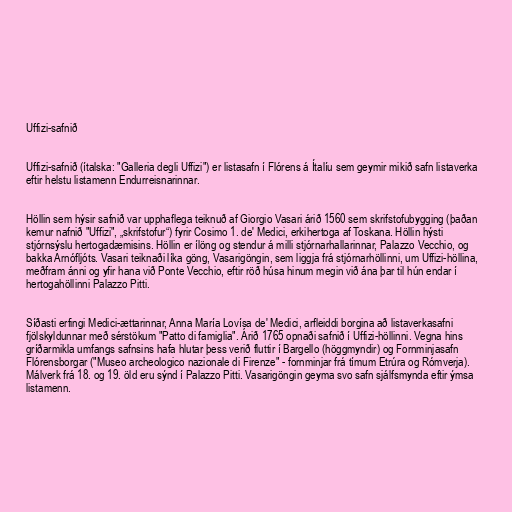
Uffizi-safnið

Uffizi-safnið (ítalska: "Galleria degli Uffizi") er listasafn í Flórens á Ítalíu sem geymir mikið safn listaverka
eftir helstu listamenn Endurreisnarinnar.

Höllin sem hýsir safnið var upphaflega teiknuð af Giorgio Vasari árið 1560 sem skrifstofubygging (þaðan
kemur nafnið "Uffizi", „skrifstofur“) fyrir Cosimo 1. de' Medici, erkihertoga af Toskana. Höllin hýsti
stjórnsýslu hertogadæmisins. Höllin er ílöng og stendur á milli stjórnarhallarinnar, Palazzo Vecchio, og
bakka Arnófljóts. Vasari teiknaði líka göng, Vasarigöngin, sem liggja frá stjórnarhöllinni, um Uffizi-höllina,
meðfram ánni og yfir hana við Ponte Vecchio, eftir röð húsa hinum megin við ána þar til hún endar í
hertogahöllinni Palazzo Pitti.

Síðasti erfingi Medici-ættarinnar, Anna María Lovísa de' Medici, arfleiddi borgina að listaverkasafni
fjölskyldunnar með sérstökum "Patto di famiglia". Árið 1765 opnaði safnið í Uffizi-höllinni. Vegna hins
gríðarmikla umfangs safnsins hafa hlutar þess verið fluttir í Bargello (höggmyndir) og Fornminjasafn
Flórensborgar ("Museo archeologico nazionale di Firenze" - fornminjar frá tímum Etrúra og Rómverja).
Málverk frá 18. og 19. öld eru sýnd í Palazzo Pitti. Vasarigöngin geyma svo safn sjálfsmynda eftir ýmsa
listamenn.